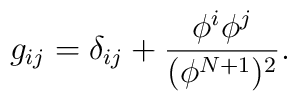
g_{ij}=\delta_{ij}+\frac{\phi^i\phi^j}{(\phi^{N+1})^2}.